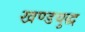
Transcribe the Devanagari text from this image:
खण्डयुद्ध